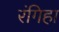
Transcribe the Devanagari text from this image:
रंगिहा